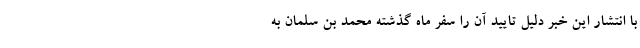
با انتشار این خبر دلیل تایید آن را سفر ماه گذشته محمد بن سلمان به